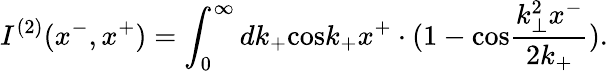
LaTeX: I^{(2)}(x^{-},x^{+})=\int_{0}^{\infty}dk_{+}\mathrm{cos}k_{+}x^{+}\cdot(1-\mathrm{cos}\frac{k_{\bot}^{2}x^{-}}{2k_{+}}).